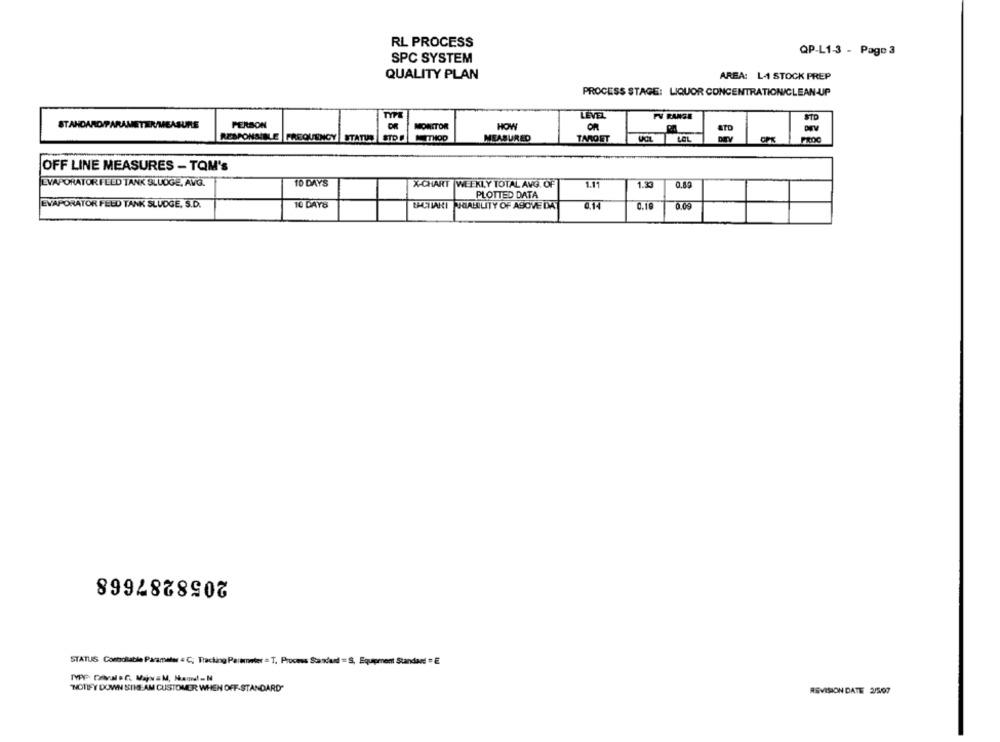
RL PROCESS
QP-L1-3 - Page 3
SPC SYSTEM
QUALITY PLAN
AREA: L. STOCK PREP
PROCESS STAGE: LIQUOR CONCENTRATION/CLEAN-UP
LEVEL
FV RANGE
STD
STANDARD/PARAMETER/MEASURE
PERSON
MONITOR
HOW
OR
DIEV
ATD
RESPONSIBLE FREQUENCY STATUS STOF
MEASURED
TARGET
LOL
OFF LINE MEASURES - TOM'S
EVAPORATORFLED TANK SLUDGE, AVG.
10 DAYS
X-CHART WEEKLY TOTAL AVG. OF
1.11
1.33
0.80
PLOTTED DATA
EVAPORATOR FELD TANK SLUDGE. S.D.
10 DAYS
UPCLIAKI HIABILITY OF ABOVE DA
0.14
0.19
0.09
2058287668
STATUS Combolatia Parameter = C; Tracking Parameter = T. Process Standard = S, Equipment Standard! = E
"NOTIFY DOWN STREAM CUSTOMER WHEN OFF-STANDARD"
REVISION DATE 2/507